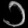
Digit: ၁